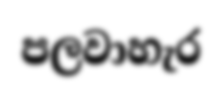
පලවාහැර